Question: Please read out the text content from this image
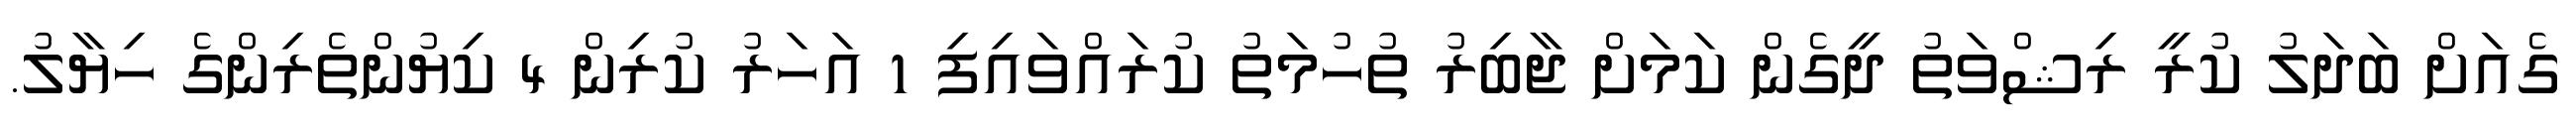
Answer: ގެއަށް ބަދަލު ކުރީ ރިޝްވަތު ދީގެން ކަމަށް ޖާބިރު ތުހުމަތު ކުރައްވައިފި 1 އަހަރު ކުރިން 4 ކިޔުންތެރިންގެ ހިޔާލު.